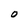
Character: O